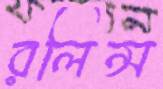
রলিন্স